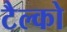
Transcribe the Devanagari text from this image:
टैल्को